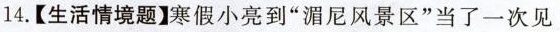
14.【生活情境题】寒假小亮到“湄尼风景区”当了一次见